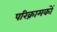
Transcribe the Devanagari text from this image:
परिक्रामकों